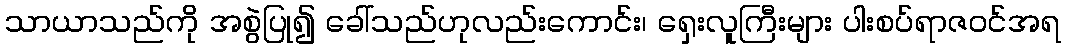
သာယာသည်ကို အစွဲပြု၍ ခေါ်သည်ဟုလည်းကောင်း၊ ရှေးလူကြီးများ ပါးစပ်ရာဇဝင်အရ